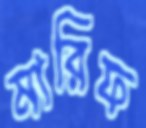
মারিফ